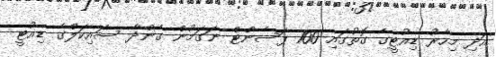
އަދި މިހާރު ޑިއުޓީގެ ގޮތުގައި 100 ޕަސެންޓް ނަގަމުން ގެންދާ ސައިކަލްގެ ޑިއުޓީ